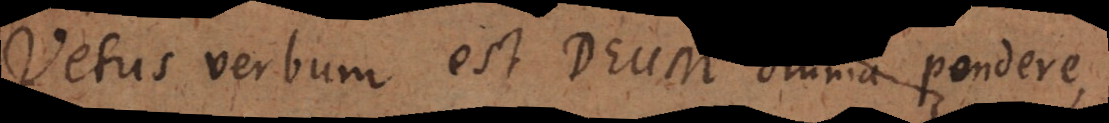
Vetus verbum est Deum omnia pondere,